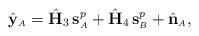
LaTeX: \begin{align*} \hat{\mathbf{y}}_{\scriptscriptstyle{A}} = \hat{\mathbf{H}}_3 \,\mathbf{s}^p_{\scriptscriptstyle{A}} + \hat{\mathbf{H}}_4 \,\mathbf{s}^p_{\scriptscriptstyle{B}} + \hat{\mathbf{n}}_{\scriptscriptstyle{A}},\end{align*}